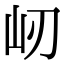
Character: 屻